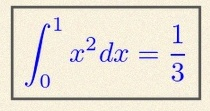
\int_0^1 x^2dx=\frac13